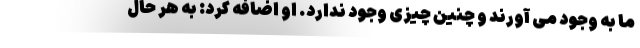
ما به وجود می آورند و چنین چیزی وجود ندارد. او اضافه کرد: به هر حال